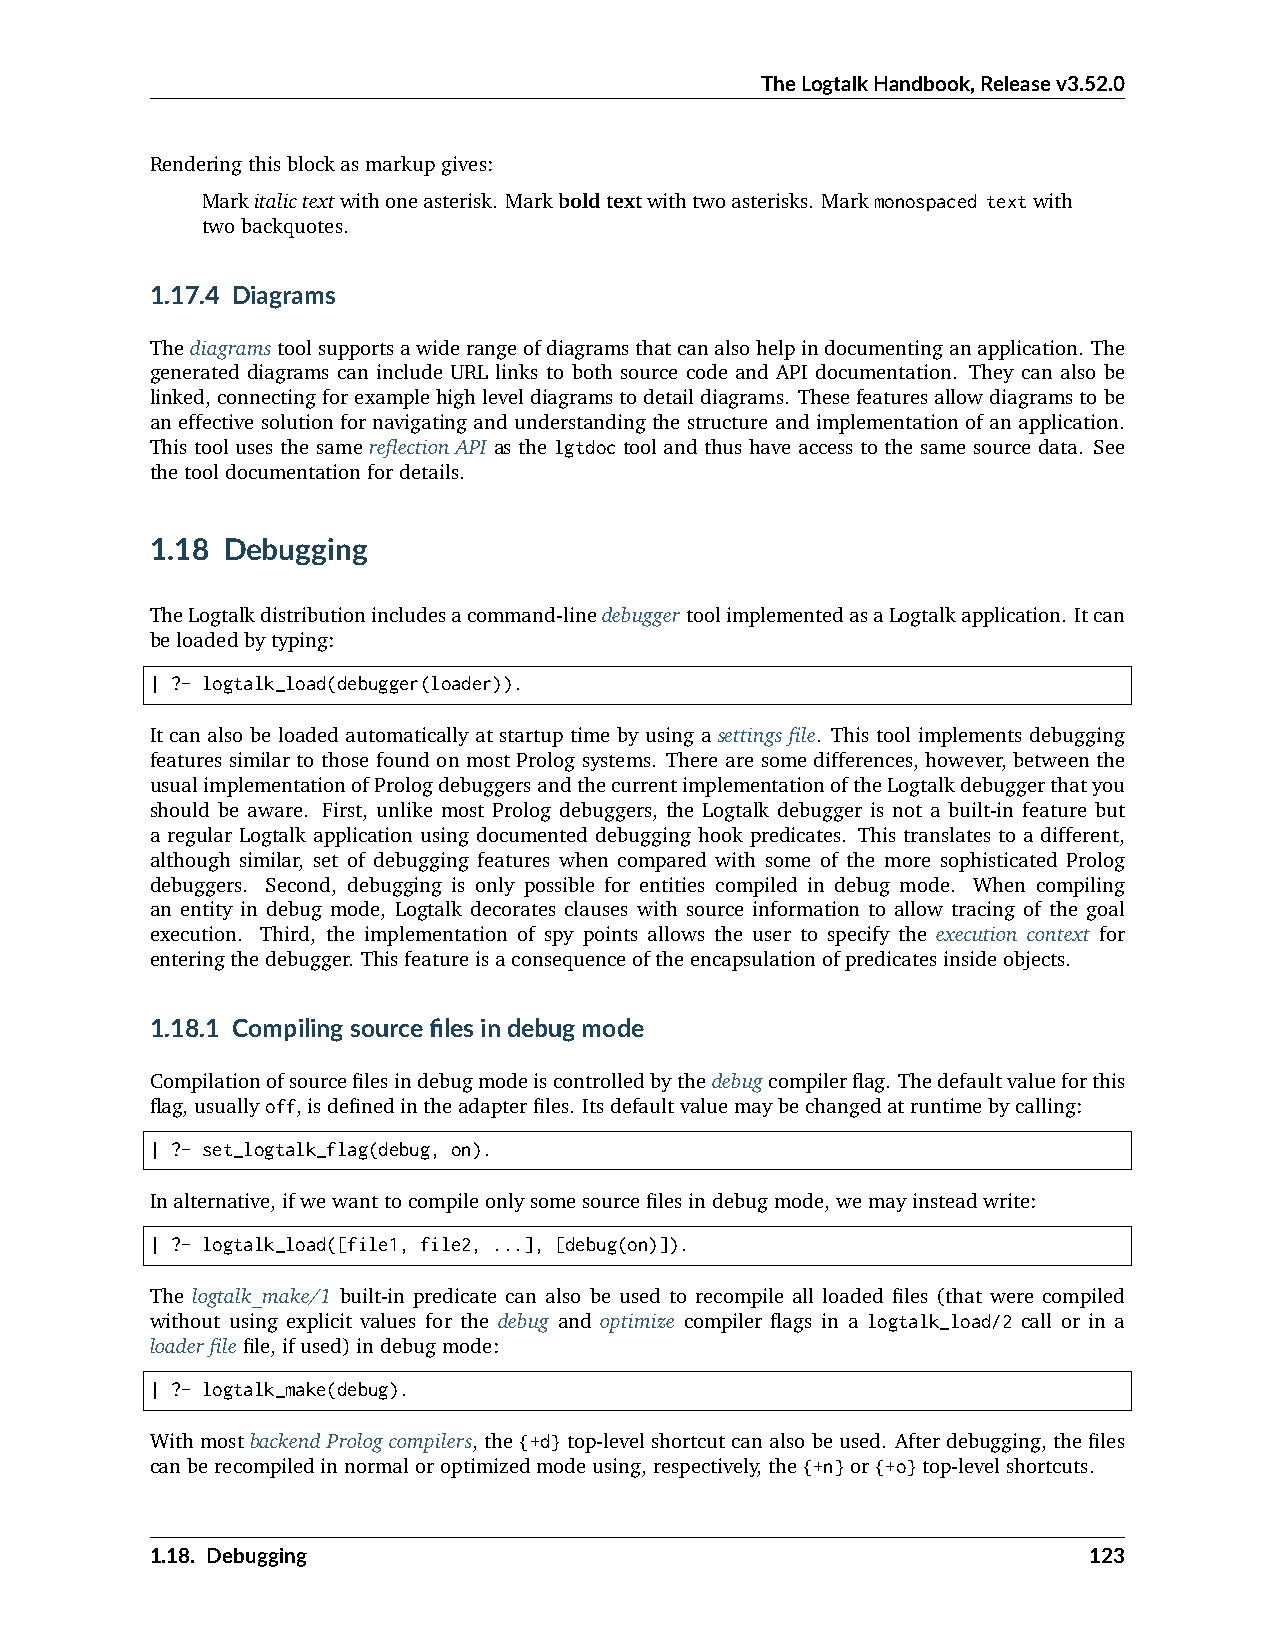
TheLogtalkHandbook,Releasev3.52.0
 Renderingthisblockasmarkupgives:
 Markitalictextwithoneasterisk. Markboldtextwithtwoasterisks. Markmonospaced textwith
 twobackquotes.
 1.17.4 Diagrams
 Thediagramstoolsupportsawiderangeofdiagramsthatcanalsohelpindocumentinganapplication. The
 generated diagrams can include URL links to both source code and API documentation. They can also be
 linked,connectingforexamplehighleveldiagramstodetaildiagrams. Thesefeaturesallowdiagramstobe
 an effective solution for navigating and understanding the structure and implementation of an application.
 This tool uses the same reflection API as the lgtdoc tool and thus have access to the same source data. See
 thetooldocumentationfordetails.
 1.18 Debugging
 TheLogtalkdistributionincludesacommand-linedebuggertoolimplementedasaLogtalkapplication. Itcan
 beloadedbytyping:
 | ?- logtalk_load(debugger(loader)).
 It can also be loaded automatically at startup time by using a settings file. This tool implements debugging
 features similar to those found on most Prolog systems. There are some differences, however, between the
 usualimplementationofPrologdebuggersandthecurrentimplementationoftheLogtalkdebuggerthatyou
 should be aware. First, unlike most Prolog debuggers, the Logtalk debugger is not a built-in feature but
 a regular Logtalk application using documented debugging hook predicates. This translates to a different,
 although similar, set of debugging features when compared with some of the more sophisticated Prolog
 debuggers. Second, debugging is only possible for entities compiled in debug mode. When compiling
 an entity in debug mode, Logtalk decorates clauses with source information to allow tracing of the goal
 execution. Third, the implementation of spy points allows the user to specify the execution context for
 enteringthedebugger. Thisfeatureisaconsequenceoftheencapsulationofpredicatesinsideobjects.
 1.18.1 Compilingsourcefilesindebugmode
 Compilationofsourcefilesindebugmodeiscontrolledbythedebugcompilerflag. Thedefaultvalueforthis
 flag,usuallyoff,isdefinedintheadapterfiles. Itsdefaultvaluemaybechangedatruntimebycalling:
 | ?- set_logtalk_flag(debug, on).
 Inalternative,ifwewanttocompileonlysomesourcefilesindebugmode,wemayinsteadwrite:
 | ?- logtalk_load([file1, file2, ...], [debug(on)]).
 The logtalk_make/1 built-in predicate can also be used to recompile all loaded files (that were compiled
 without using explicit values for the debug and optimize compiler flags in a logtalk_load/2 call or in a
 loaderfilefile,ifused)indebugmode:
 | ?- logtalk_make(debug).
 WithmostbackendPrologcompilers, the{+d}top-levelshortcutcanalsobeused. Afterdebugging, thefiles
 canberecompiledinnormaloroptimizedmodeusing,respectively,the{+n}or{+o}top-levelshortcuts.
 1.18. Debugging                                               123